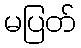
မပြတ်